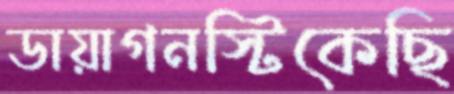
ডায়াগনস্টিকেছি